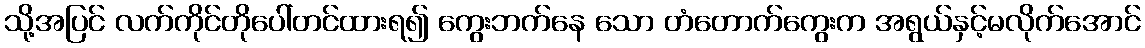
သို့အပြင် လက်ကိုင်တိုပေါ်တင်ထားရ၍ ကွေးဘက်နေ သော တံတောက်ကွေးက အရွယ်နှင့်မလိုက်အောင်